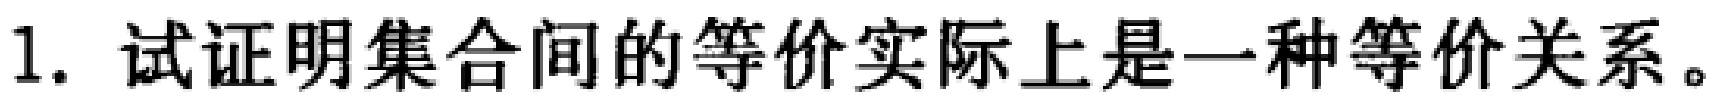
1. 试证明集合间的等价实际上是一种等价关系。